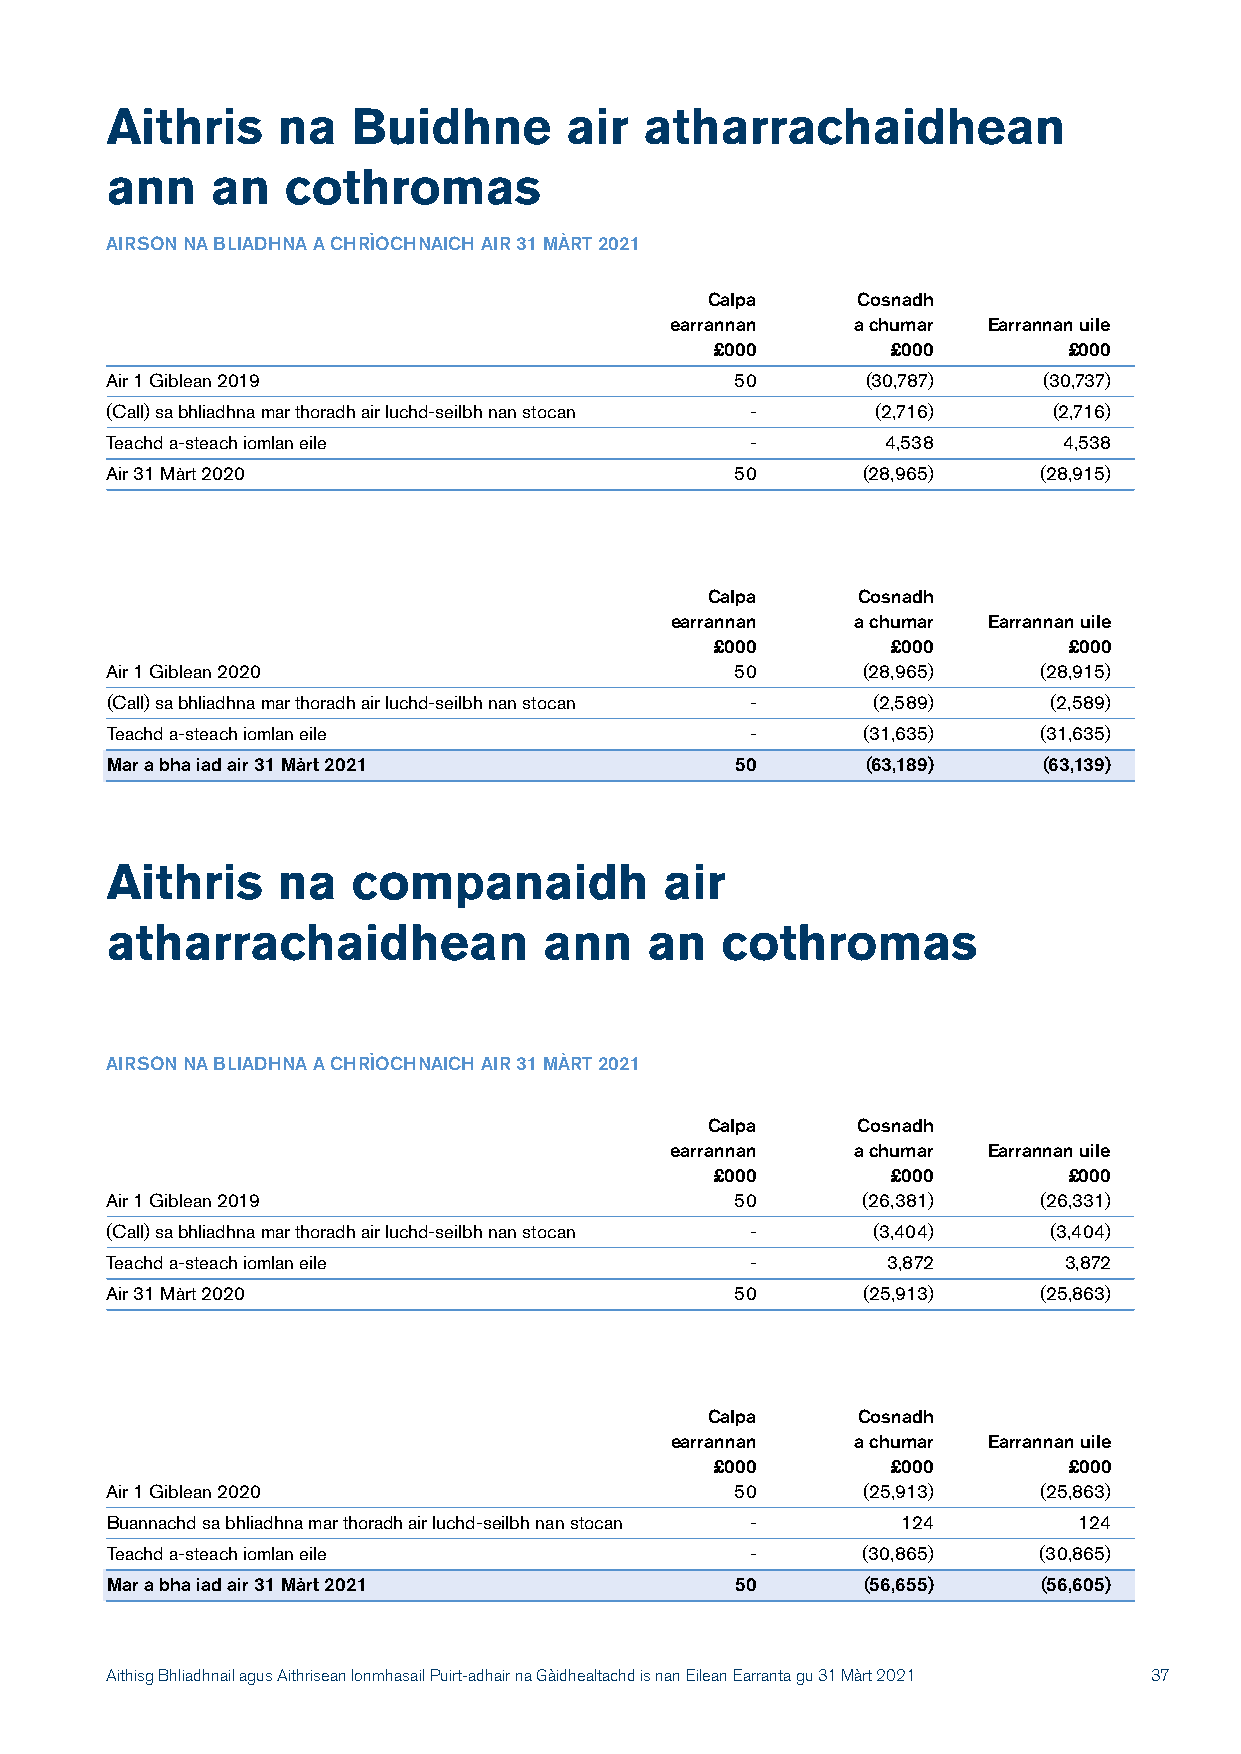
Aithris    na   Buidhne       air   atharrachaidhean
 ann    an   cothromas
 AIRSON NA BLIADHNA A CHRÌOCHNAICH AIR 31 MÀRT 2021
 Calpa     Cosnadh
 earrannan   a chumar Earrannan uile
 £000        £000        £000
 Air 1 Giblean 2019                        50      (30,787)    (30,737)
 (Call) sa bhliadhna mar thoradh air luchd-seilbh nan stocan - (2,716) (2,716)
 Teachd a-steach iomlan eile                -        4,538      4,538
 Air 31 Màrt 2020                          50      (28,965)    (28,915)
 Calpa     Cosnadh
 earrannan   a chumar Earrannan uile
 £000        £000        £000
 Air 1 Giblean 2020                        50      (28,965)    (28,915)
 (Call) sa bhliadhna mar thoradh air luchd-seilbh nan stocan - (2,589) (2,589)
 Teachd a-steach iomlan eile                -      (31,635)    (31,635)
 Mar a bha iad air 31 Màrt 2021            50      (63,189)    (63,139)
 Aithris    na   companaidh           air
 atharrachaidhean             ann    an   cothromas
 AIRSON NA BLIADHNA A CHRÌOCHNAICH AIR 31 MÀRT 2021
 Calpa     Cosnadh
 earrannan   a chumar Earrannan uile
 £000        £000        £000
 Air 1 Giblean 2019                        50      (26,381)    (26,331)
 (Call) sa bhliadhna mar thoradh air luchd-seilbh nan stocan - (3,404) (3,404)
 Teachd a-steach iomlan eile                -        3,872      3,872
 Air 31 Màrt 2020                          50      (25,913)    (25,863)
 Calpa     Cosnadh
 earrannan   a chumar Earrannan uile
 £000        £000        £000
 Air 1 Giblean 2020                        50      (25,913)    (25,863)
 Buannachd sa bhliadhna mar thoradh air luchd-seilbh nan stocan - 124 124
 Teachd a-steach iomlan eile                -      (30,865)    (30,865)
 Mar a bha iad air 31 Màrt 2021            50      (56,655)    (56,605)
 Aithisg Bhliadhnail agus Aithrisean Ionmhasail Puirt-adhair na Gàidhealtachd is nan Eilean Earranta gu 31 Màrt 2021 37